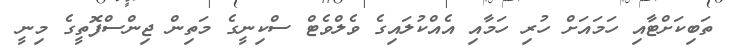
ތަބިކަށްޓާއި ހަމައަށް ހުރި ހަމާއި އެއްކުލައިގެ ވެލްވެޓް ސްކިނީގެ މަތިން ޖިންސްފޮތީގެ މިނީ